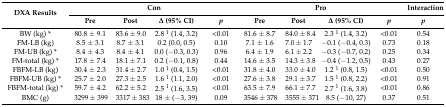
| <ROWSPAN=2> DXA Results | <COLSPAN=4> Con | <COLSPAN=4> Pro | Interaction |
 | Pre | Post | Δ (95% CI) | p | Pre | Post | Δ (95% CI) | p | p |
 | --- | --- | --- | --- | --- | --- | --- | --- | --- | --- |
 | BW (kg) * | 80.8 ± 9.1 | 83.6 ± 9.0 | 2.8 1 (1.4, 3.2) | <0.01 | 81.6 ± 8.7 | 84.0 ± 8.4 | 2.3 1 (1.4, 3.2) | <0.01 | 0.54 |
 | FM-LB (kg) | 8.5 ± 3.1 | 8.7 ± 3.1 | 0.2 (0.0, 0.5) | 0.10 | 7.1 ± 1.6 | 7.0 ± 1.7 | −0.1 (−0.4, 0.3) | 0.73 | 0.18 |
 | FM-UB (kg) * | 8.4 ± 4.3 | 8.4 ± 4.1 | 0.0 (−0.3, 0.3) | 0.96 | 6.4 ± 1.9 | 6.1 ± 2.2 | −0.3 (−0.7, 0.2) | 0.25 | 0.34 |
 | FM-total (kg) * | 17.8 ± 7.4 | 18.1 ± 7.1 | 0.2 (−0.1, 0.8) | 0.44 | 14.6 ± 3.5 | 14.3 ± 3.8 | −0.4 (−1.2, 0.5) | 0.43 | 0.27 |
 | FBFM-LB (kg) | 30.4 ± 2.3 | 31.4 ± 2.7 | 1.0 1 (0.4, 1.5) | <0.01 | 31.8 ± 4.0 | 33.0 ± 4.0 | 1.2 1 (0.8, 1.5) | <0.01 | 0.50 |
 | FBFM-UB (kg) * | 25.7 ± 2.0 | 27.3 ± 2.5 | 1.6 1 (1.1, 2.0) | <0.01 | 27.6 ± 3.8 | 29.1 ± 3.7 | 1.5 1 (0.8, 2.2) | <0.01 | 0.91 |
 | FBFM-total (kg) * | 59.7 ± 4.2 | 62.2 ± 5.2 | 2.5 1 (1.6, 3.5) | <0.01 | 63.5 ± 7.9 | 66.1 ± 7.7 | 2.7 1 (1.6, 3.8) | <0.01 | 0.86 |
 | BMC (g) | 3299 ± 399 | 3317 ± 383 | 18 ± (−3, 39) | 0.09 | 3546 ± 378 | 3555 ± 371 | 8.5 (−10, 27) | 0.37 | 0.51 |